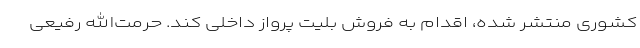
کشوری منتشر شده، اقدام به فروش بلیت پرواز داخلی کند. حرمت‌الله رفیعی